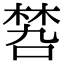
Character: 𠹝